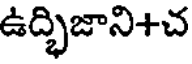
ఉద్భిజాని+చ